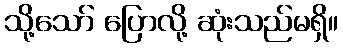
သို့သော် ပြောလို့ ဆုံးသည်မရှိ။